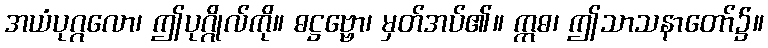
အယံပုဂ္ဂလော၊ ဤပုဂ္ဂိုလ်ကို။ ဓဋ္ဌဗ္ဗော၊ မှတ်အပ်၏။ ဣဓ၊ ဤသာသနာတော်၌။